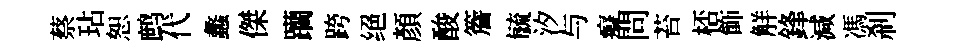
蔡玷恕鹧代蠡傑躪跨绝顏酸簷毓汐与癡問苔桮飾觧鋒減馮刹